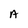
Character: A